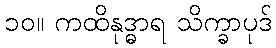
၁၀။ ကထိနုဒ္ဓာရ သိက္ခာပုဒ်